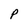
Character: p